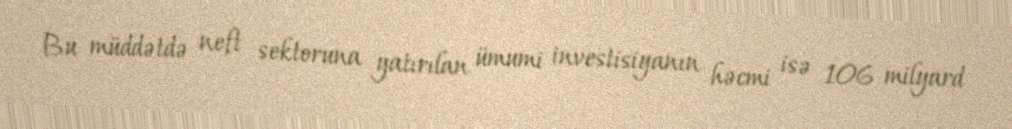
Bu müddətdə neft sektoruna yatırılan ümumi investisiyanın həcmi isə 106 milyard